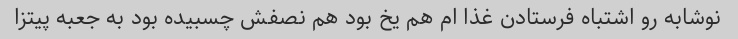
نوشابه رو اشتباه فرستادن غذا ام هم یخ بود هم نصفش چسبیده بود به جعبه پیتزا